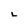
Character: L